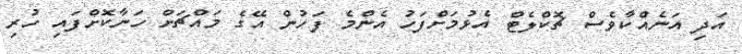
އަދި އަނެއްކާވެސް ޗޮކްލެޓް އެޅުމަށްފަހު އެންމެ ފަހުން އޭގެ މައްޗަށް ހަނާކޮށްފައި ހުރި